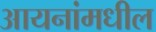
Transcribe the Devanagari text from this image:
आयनांमधील